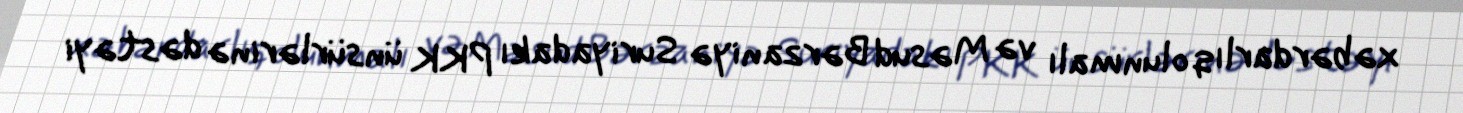
xəbərdarlıq olunmalı və Məsud Bərzaniyə Suriyadakı PKK ünsürlərinə dəstəyi